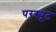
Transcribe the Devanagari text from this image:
परस्यूट